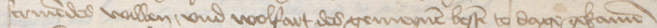
scriuendes willen, vnd wolfart des gemeynen besten to dage gekamen